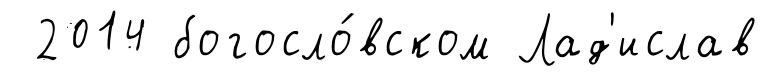
2014 богосло́вском Лад'ислав